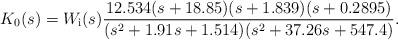
LaTeX: \begin{align*} K_0(s)=W_\text i(s)\frac{12.534(s+18.85)(s+1.839)(s+0.2895)}{(s^2+1.91s+1.514)(s^2+37.26s+547.4)}.\end{align*}